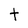
Character: t